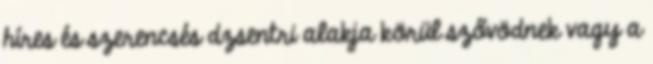
híres és szerencsés dzsentri alakja körül szővödnek vagy a